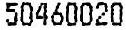
50460020